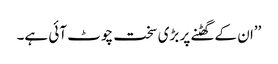
’’ان کے گھٹنے پر بڑی سخت چوٹ آئی ہے۔